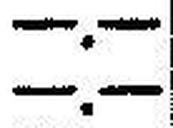
—.—